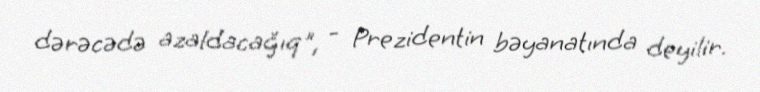
dərəcədə azaldacağıq", - Prezidentin bəyanatında deyilir.